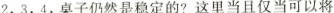
2，3，4，桌子仍然是稳定的?这里当且仅当可以将